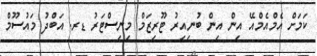
ކަމަށް އެމްއެމްއޭ އިން އިން ބުނިއިރު ޓޫރިޒަމް މިނިސްޓަރު ޑރ. އަބްދު މައުސޫމް